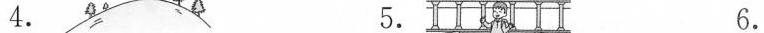
4. 5. 6.